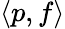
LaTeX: \langle p,f\rangle